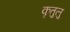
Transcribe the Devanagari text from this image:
कृतुलु